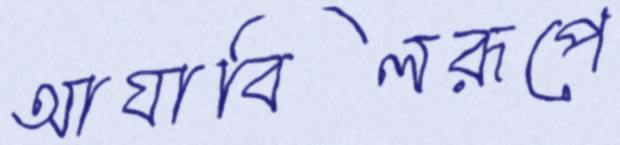
আযাবিলরূপে